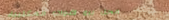
محل بيع الأدوات المكتبية